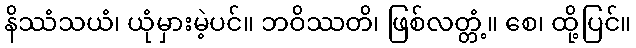
နိဿံသယံ၊ ယုံမှားမဲ့ပင်။ ဘဝိဿတိ၊ ဖြစ်လတ္တံ့။ စေ၊ ထို့ပြင်။